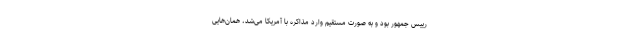
رییس جمهور بود و به صورت مستقیم وارد مذاکره با آمریکا می‌شد، همان‌هایی